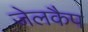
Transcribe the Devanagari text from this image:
जेलकैप